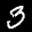
Label: 3